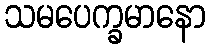
သမပေက္ခမာနော